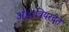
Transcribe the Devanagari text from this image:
अंडरवियरदेते